Juri_Uluots, lk 4
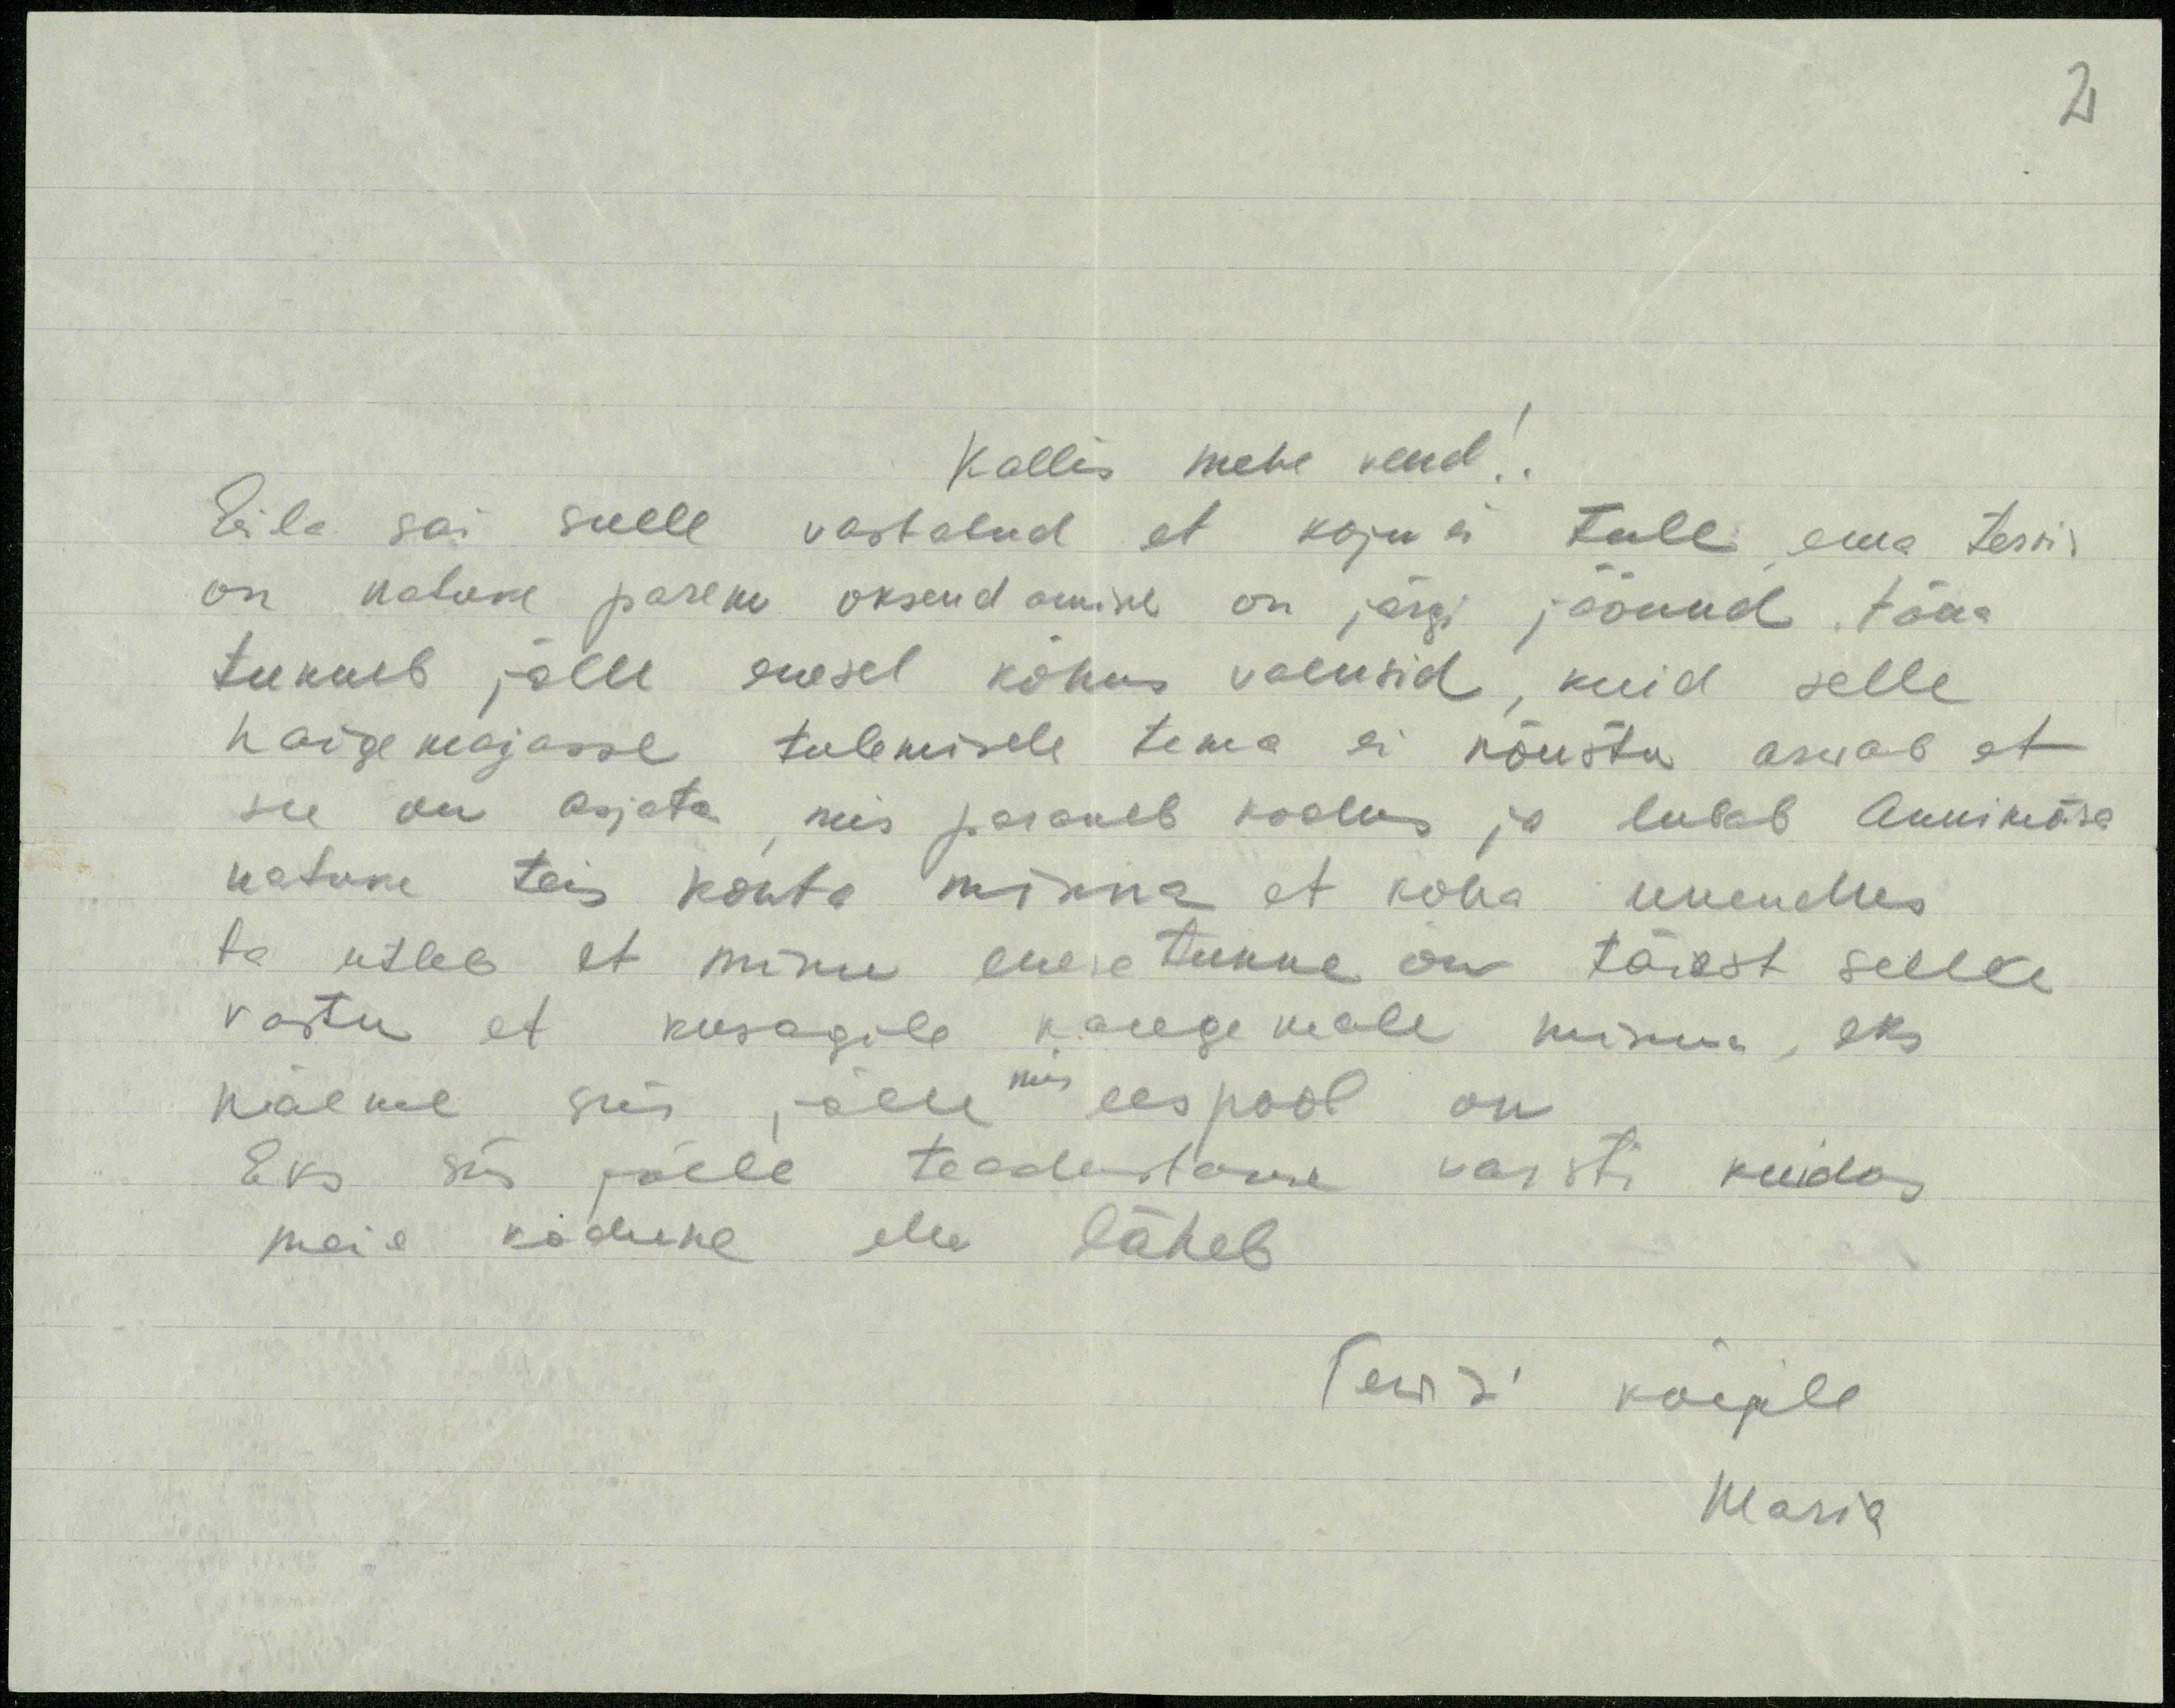
2

Kallis mehe vend!
Eila sai sulle vastatud et koju ei tule ema tervis
on natuke parem oksendamine on järgi jäänud, täna
tunneb jälle enesel kõhus valusid, kuid selle
haigemajasse tulemisele tema ei nõustu arvab et
see on asjata mis paraneb kodus ja lubab Annikõse
natuke teis kohta minna et koha uuendus
ta utleb et minu enesetunnne on täiest selle
vastu et kusagile kaugemale minna, eks
naeme siis elu mis eespool on
Eks siis jälle teadustame varsti kuidas
meie kodune elu läheb
Tervisi kõigile
Maria